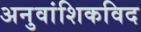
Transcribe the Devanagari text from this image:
अनुवांशिकविद